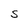
Character: S